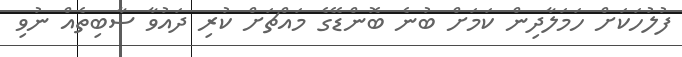
ފުލުހަކަށް ހަމަލާދިން ކަމަށް ބުނެ ބޮންޑޭގެ މައްޗަށް ކުރި ދައުވާ ސާބިތެއް ނުވި